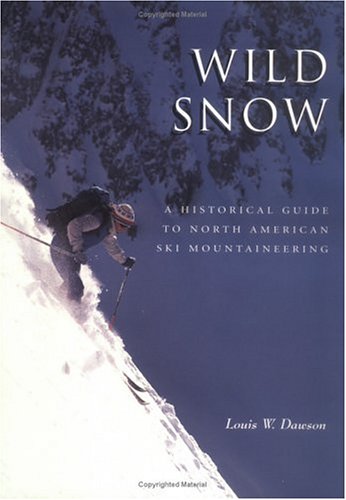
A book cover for Wild Snow: A Historical Guide to North American Ski Mountaineering : With 54 Selected Classic Routes, 214 Photographs, and 10 Maps (American Alpine Book Series); Louis W. Dawson; Travel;